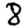
Digit: 8